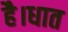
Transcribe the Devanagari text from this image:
है।धात